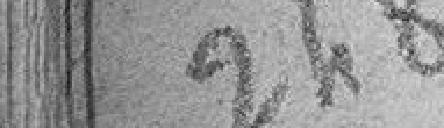
248